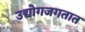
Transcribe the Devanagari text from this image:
उद्योगजगतात